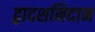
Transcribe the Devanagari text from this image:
द्वादशनिदान